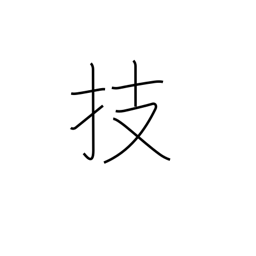
Meaning: arts